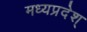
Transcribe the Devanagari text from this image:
मध्यप्रदेश्